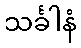
သင်္ခါနံ